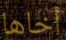
أخاها